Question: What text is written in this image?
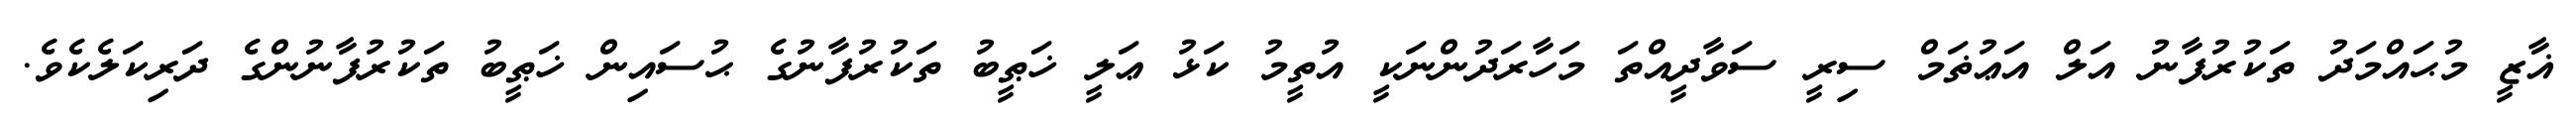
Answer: ޣާޒީ މުޙައްމަދު ތަކުރުފާނު އަލް އަޢުޡަމް ސިރީ ސަވާދީއްތަ މަހާރަދުންނަކީ އުތީމު ކަޅު ޢަލީ ޚަޠީބު ތަކުރުފާނުގެ ޙުސައިން ޚަޠީބު ތަކުރުފާނުންގެ ދަރިކަލެކެވެ.